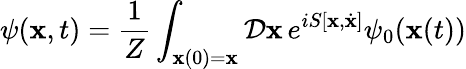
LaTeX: \psi(\mathbf{x},t)={\frac{{1}}{{Z}}}\int_{\mathbf{{\mathbf{x}}}(0)=\mathbf{x}}{\mathcal{{D}}}\mathbf{{\mathbf{x}}}\, e^{iS[\mathbf{{\mathbf{x}}},{\dot{{\mathbf{{\mathbf{x}}}}}}]}\psi_{0}(\mathbf{{\mathbf{x}}}(t))